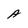
Character: A